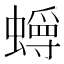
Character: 𫋜